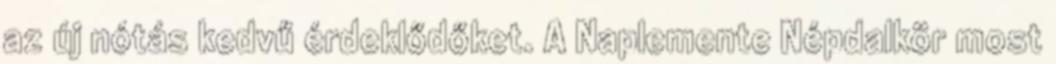
az új nótás kedvű érdeklődőket. A Naplemente Népdalkör most